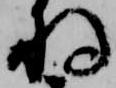
将